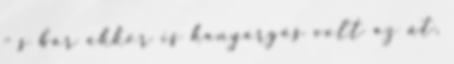
- s bár akkor is kanyargós volt az út,